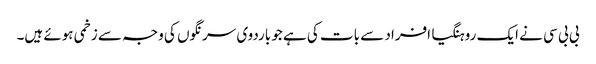
بی بی سی نے ایک روہنگیا افراد سے بات کی ہے جو باردوی سرنگوں کی وجہ سے زخمی ہوئے ہیں۔